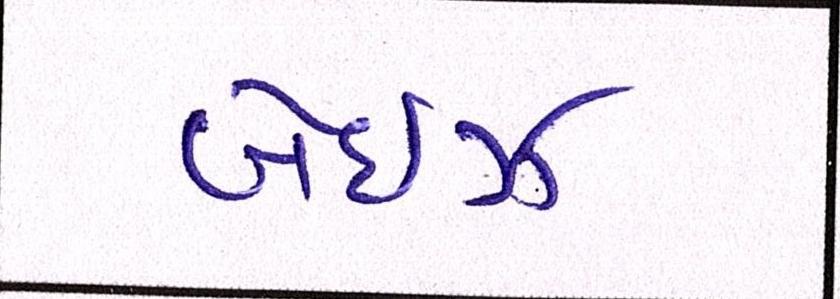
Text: બેઈઝ